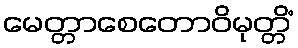
မေတ္တာစေတောဝိမုတ္တိံ